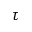
\tau